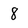
Character: 8